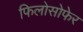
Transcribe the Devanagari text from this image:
फिलोसोफेर